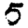
Digit: 5